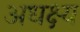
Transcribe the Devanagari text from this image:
अधक्ष्य